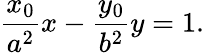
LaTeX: {\frac{x_{0}}{a^{2}}}x-{\frac{y_{0}}{b^{2}}}y=1.